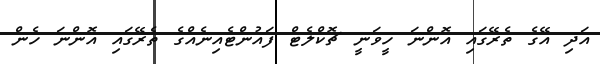
އަދި އޭގެ ތެރޭގައި އޮންނަ ހީވަނީ ޗޮކްލެޓް ފައުންޓެއިނެއްގެ ތެރޭގައި އޮންނަ ހެން